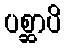
ပစ္ဆာပိ